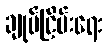
ချုပ်ငြိမ်းရေး